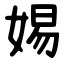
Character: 㛫